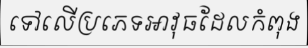
ទៅលើប្រភេទអាវុធដែលកំពុង